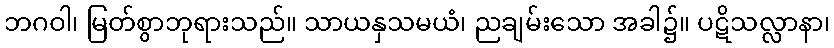
ဘဂဝါ၊ မြတ်စွာဘုရားသည်။ သာယနှသမယံ၊ ညချမ်းသော အခါ၌။ ပဋိသလ္လာနာ၊